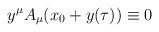
LaTeX: \begin{align*}y^\mu A_{\mu}(x_0+y(\tau))\equiv 0\end{align*}